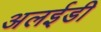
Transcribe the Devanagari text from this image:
अलईडी